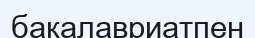
бакалавриатпен